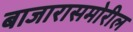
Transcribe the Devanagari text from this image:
बाजारासमोरील